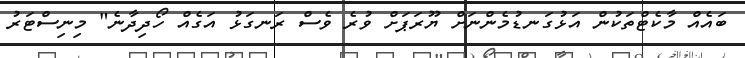
ބައެއް މާކެޓްތަކުން އަޅުގަނޑުމެންނަށް ޔޫރަޕަށް ވުރެ ވެސް ރަނގަޅު އަގެއް ހޯދިދާނެ" މިނިސްޓަރު